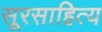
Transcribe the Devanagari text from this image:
सूरसाहित्य